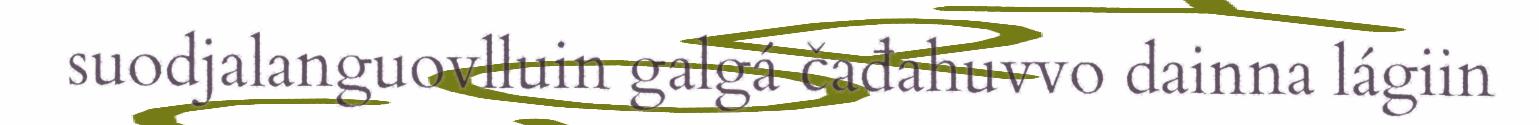
suodjalanguovlluin galgá čađahuvvo dainna lágiin